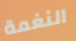
النغمة